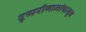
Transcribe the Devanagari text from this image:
दुष्परीणामांपासून